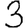
Digit: 3